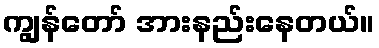
ကျွန်တော် အားနည်းနေတယ်။